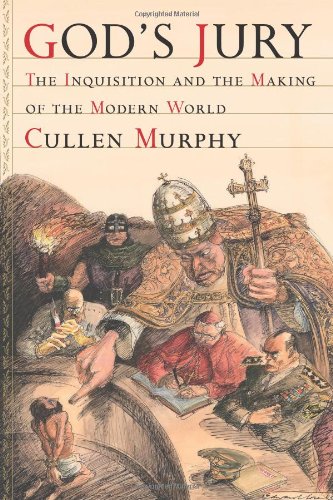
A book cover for God's Jury: The Inquisition and the Making of the Modern World; Cullen Murphy; Religion & Spirituality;